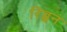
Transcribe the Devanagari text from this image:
रिब्बन